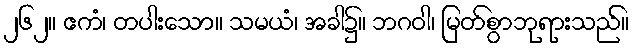
၂၆၂။ ဧကံ၊ တပါးသော။ သမယံ၊ အခါ၌။ ဘဂဝါ၊ မြတ်စွာဘုရားသည်။